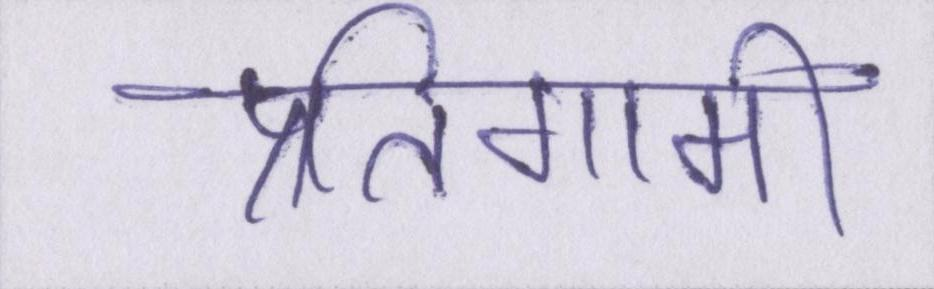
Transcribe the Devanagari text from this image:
प्रतिगामी